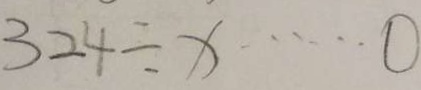
3 2 4 \div x \cdots 0